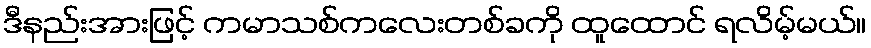
ဒီနည်းအားဖြင့် ကမာသစ်ကလေးတစ်ခကို ထူထောင် ရလိမ့်မယ်။